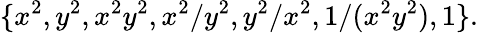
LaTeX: \{ x^{2},y^{2},x^{2}y^{2},x^{2}/y^{2},y^{2}/x^{2},1/(x^{2}y^{2}),1\} .